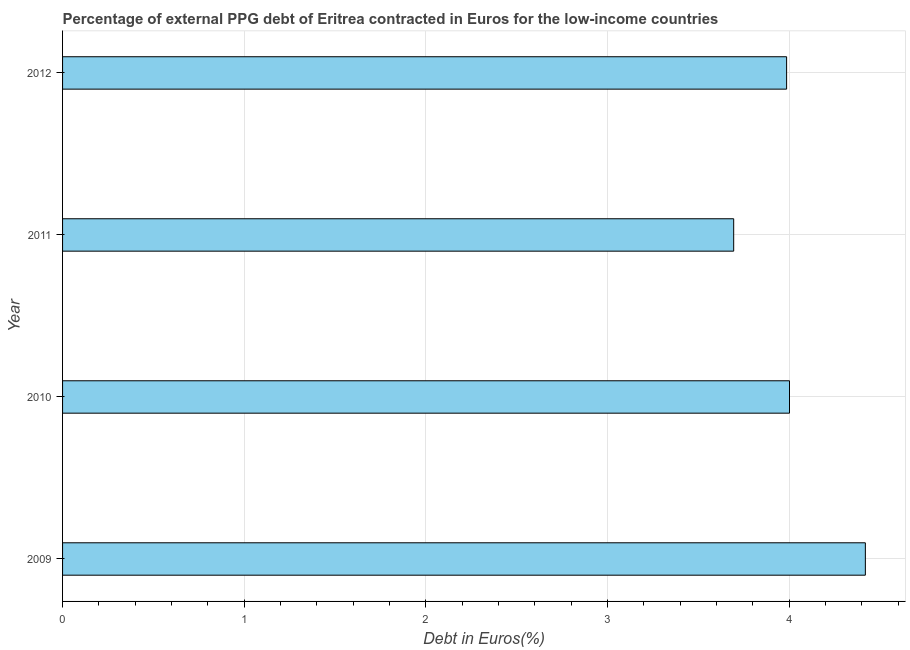
| Year | Currency composition of PPG debt |
 | --- | --- |
 | 2009 | 4.42 |
 | 2010 | 4 |
 | 2011 | 3.69 |
 | 2012 | 3.99 |